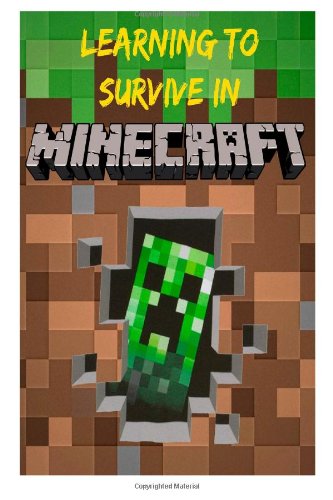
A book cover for Learning to Survive in Minecraft: How to Play Guide and Secrets to Minecraft; Steve Walker; Humor & Entertainment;